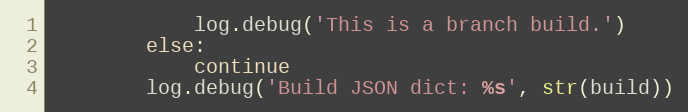
Language: Python
            log.debug('This is a branch build.')
        else:
            continue
        log.debug('Build JSON dict: %s', str(build))